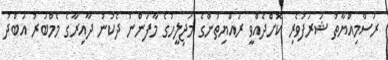
ރަސްމިއްޔާތު ޝަރަފުވެރި ކޮށްދެއްވީ ރައްޔިތުންގެ މަޖިލީހުގެ މާފަންނު ދެކުނު ދާއިރާގެ މެމްބަރު އަބްދު